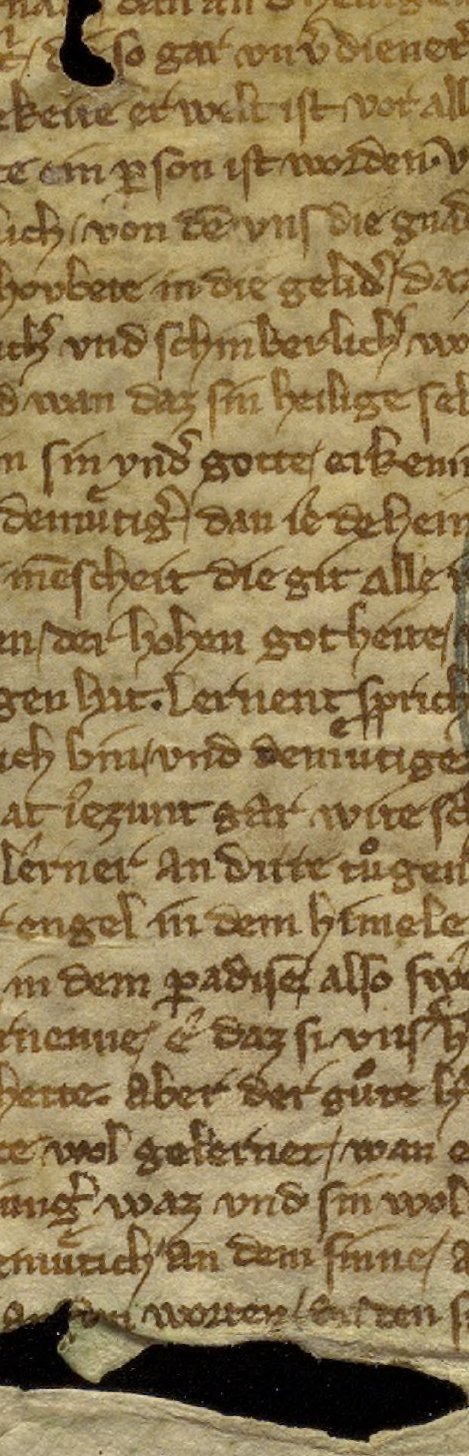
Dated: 1325–1349